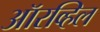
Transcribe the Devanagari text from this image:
ऑरव्हिल